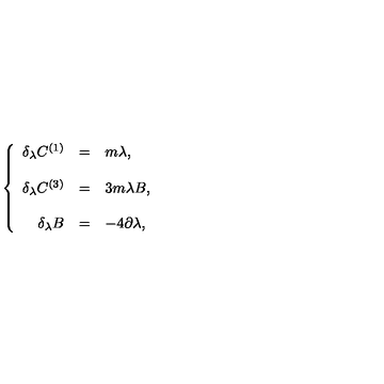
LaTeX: \left\{ \begin{array} { r c l } { \delta _ { \lambda } C ^ { ( 1 ) } } & { = } & { m \lambda , } \\ { } & { } & { } \\ { \delta _ { \lambda } C ^ { ( 3 ) } } & { = } & { 3 m \lambda B , } \\ { } & { } & { } \\ { \delta _ { \lambda } B } & { = } & { - 4 \partial \lambda , } \\ \end{array} \right.